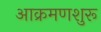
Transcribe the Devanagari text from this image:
आक्रमणशुरू